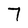
Character: 7